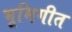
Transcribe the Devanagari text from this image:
भूमिगीत